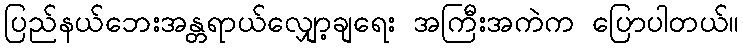
ပြည်နယ်ဘေးအန္တရာယ်လျှော့ချရေး အကြီးအကဲက ပြောပါတယ်။